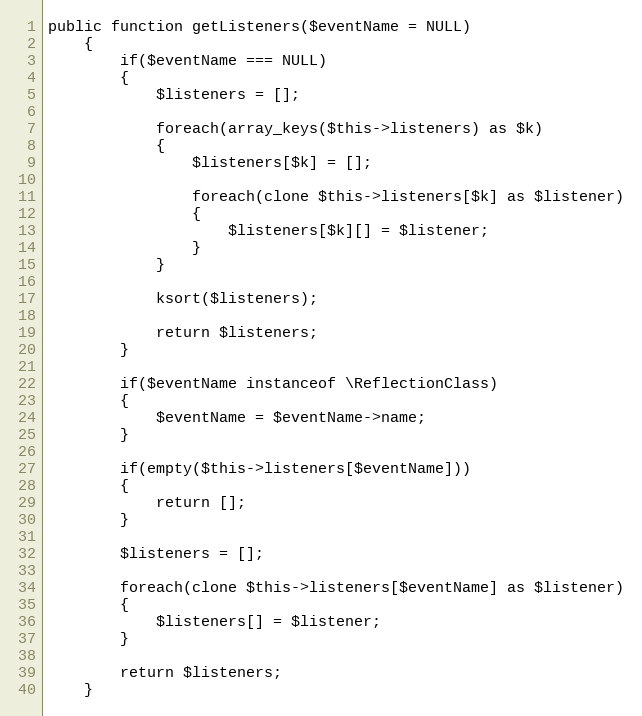
Language: PHP
public function getListeners($eventName = NULL)
	{
		if($eventName === NULL)
		{
			$listeners = [];

			foreach(array_keys($this->listeners) as $k)
			{
				$listeners[$k] = [];

				foreach(clone $this->listeners[$k] as $listener)
				{
					$listeners[$k][] = $listener;
				}
			}

			ksort($listeners);

			return $listeners;
		}

		if($eventName instanceof \ReflectionClass)
		{
			$eventName = $eventName->name;
		}

		if(empty($this->listeners[$eventName]))
		{
			return [];
		}

		$listeners = [];

		foreach(clone $this->listeners[$eventName] as $listener)
		{
			$listeners[] = $listener;
		}

		return $listeners;
	}